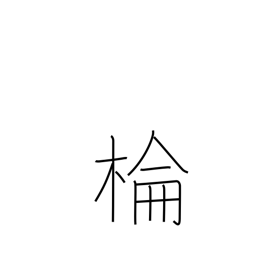
Meaning: camphor tree